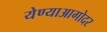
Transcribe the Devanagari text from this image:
येण्याआगोदर